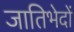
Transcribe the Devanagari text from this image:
जातिभेदों